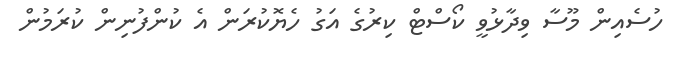
ހުސެއިން މޫސާ ވިދާޅުވީ ކޯސްޓް ކިރުގެ އަގު ހެޔޮކުރަން އެ ކުންފުނިން ކުރަމުން